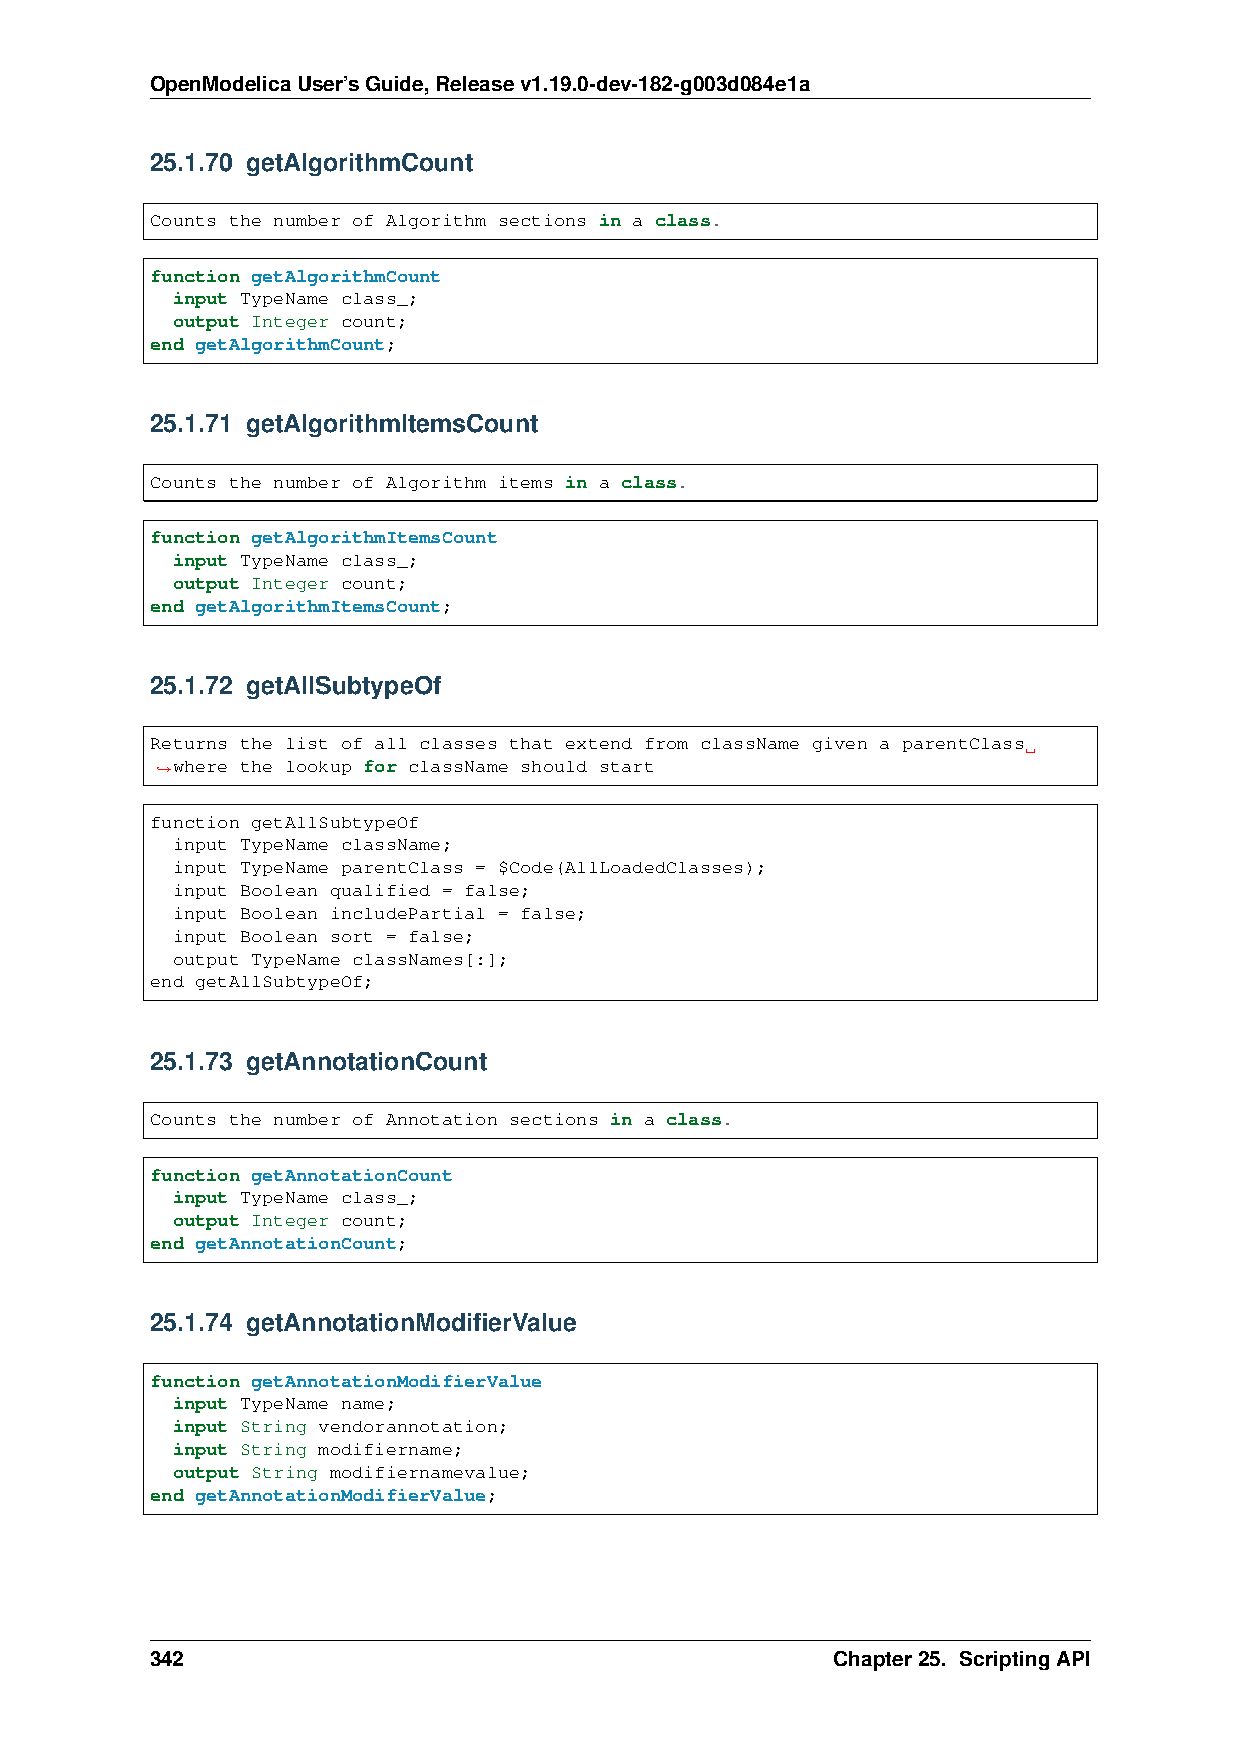
OpenModelicaUser’sGuide,Releasev1.19.0-dev-182-g003d084e1a
 25.1.70 getAlgorithmCount
 Counts the number of Algorithm sections in a class.
 function getAlgorithmCount
 input TypeName class_;
 output Integer count;
 end getAlgorithmCount;
 25.1.71 getAlgorithmItemsCount
 Counts the number of Algorithm items in a class.
 function getAlgorithmItemsCount
 input TypeName class_;
 output Integer count;
 end getAlgorithmItemsCount;
 25.1.72 getAllSubtypeOf
 Returns the list of all classes that extend from className given a parentClass
 where the lookup for className should start
 ˓→
 function getAllSubtypeOf
 input TypeName className;
 input TypeName parentClass = $Code(AllLoadedClasses);
 input Boolean qualified = false;
 input Boolean includePartial = false;
 input Boolean sort = false;
 output TypeName classNames[:];
 end getAllSubtypeOf;
 25.1.73 getAnnotationCount
 Counts the number of Annotation sections in a class.
 function getAnnotationCount
 input TypeName class_;
 output Integer count;
 end getAnnotationCount;
 25.1.74 getAnnotationModifierValue
 function getAnnotationModifierValue
 input TypeName name;
 input String vendorannotation;
 input String modifiername;
 output String modifiernamevalue;
 end getAnnotationModifierValue;
 342                                          Chapter25. ScriptingAPI